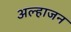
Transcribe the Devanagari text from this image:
अल्हाजन